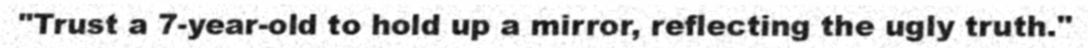
"Trust a 7-year-old to hold up a mirror, reflecting the ugly truth."